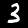
Label: 3